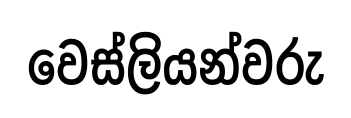
වෙස්ලියන්වරු